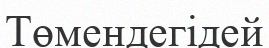
Төмендегідей